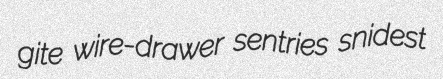
gite wire-drawer sentries snidest